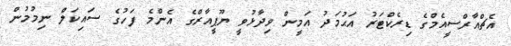
އެޗްއާރްސީއެމްގެ ޑިރެކްޓަރު އަޙުމަދު އަމީން ވިދާޅުވީ ޔޫޕީއާރްގެ އެންމެ ފަހުގެ ސައިކަލް ނިމުމުން